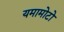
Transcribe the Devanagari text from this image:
यमामोटो